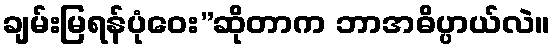
ချမ်းမြရန်ပုံဝေး”ဆိုတာက ဘာအဓိပ္ပာယ်လဲ။